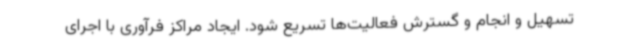
تسهیل و انجام و گسترش فعالیت‌ها تسریع شود. ایجاد مراکز فرآوری با اجرای